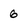
Character: 6